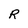
Character: R